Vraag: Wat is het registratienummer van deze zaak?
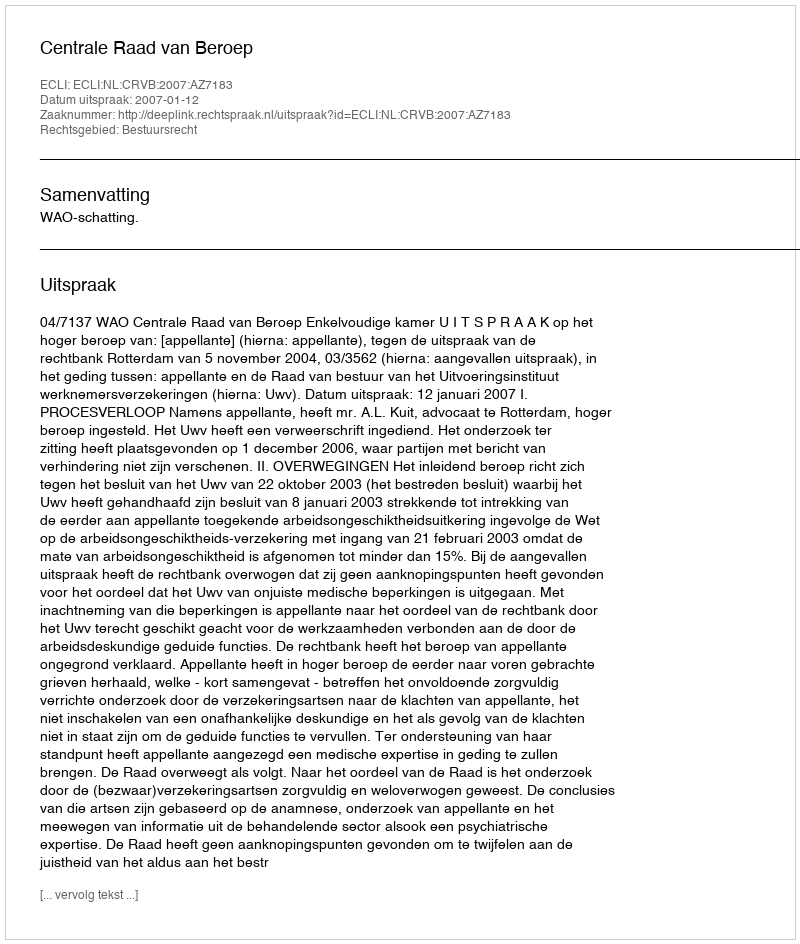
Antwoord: http://deeplink.rechtspraak.nl/uitspraak?id=ECLI:NL:CRVB:2007:AZ7183